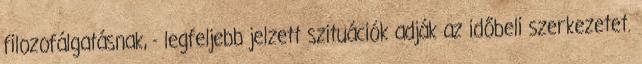
filozofálgatásnak, - legfeljebb jelzett szituációk adják az időbeli szerkezetet.